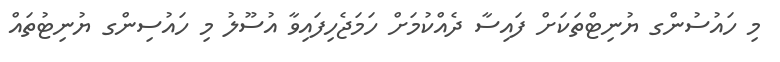
މި ހައުސުންގ ޔުނިޓްތަކަށް ފައިސާ ދެއްކުމަށް ހަމަޖެހިފައިވާ އުސޫލު މި ހައުސިންގ ޔުނިޓުތައް